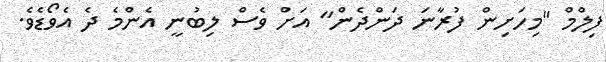
ފިލްމް "މިހަށިން ފުރާނަ ދަންދެން" އަށް ވެސް ލިބުނީ އެންމެ ދެ އެވޯޑެވެ.